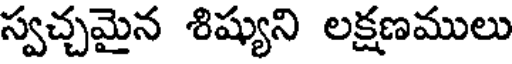
స్వచ్చమైన శిష్యుని లక్షణములు